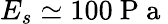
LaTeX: E_{s}\simeq 100\mathrm{~P~a~}